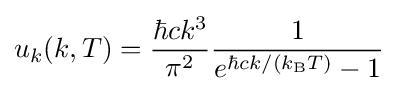
u_{k}(k,T)={\frac {\hbar ck^{3}}{\pi ^{2}}}{\frac {1}{e^{\hbar ck/(k_{\mathrm {B} }T)}-1}}